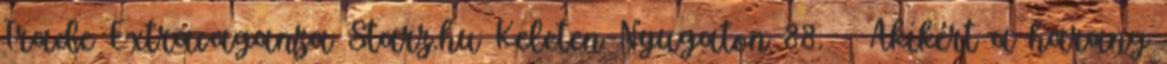
Trade Extravaganza Starz.hu Keleten-Nyugaton 88. - Akikért a harang